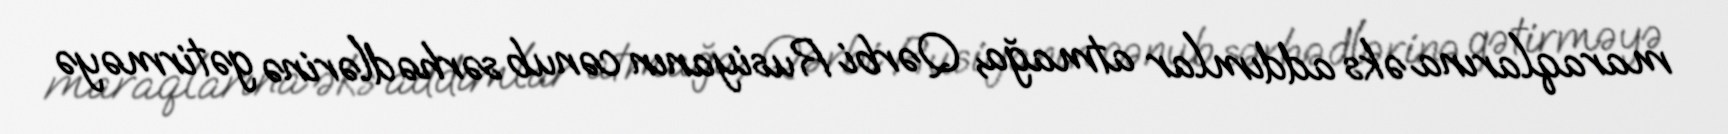
maraqlarına əks addımlar atmağa, Qərbi Rusiyanın cənub sərhədlərinə gətirməyə